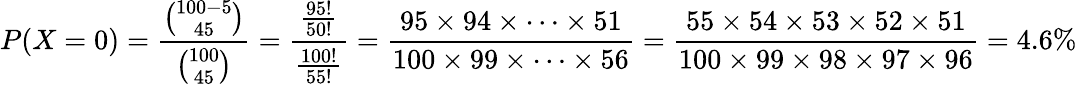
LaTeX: P(X=0)={\frac{\binom{100-5}{45}}{\binom{100}{45}}}={\frac{\frac{95!}{50!}}{\frac{100!}{55!}}}={\frac{95\times 94\times\cdots\times 51}{100\times 99\times\cdots\times 56}}={\frac{55\times 54\times 53\times 52\times 51}{100\times 99\times 98\times 97\times 96}}=4.6\%